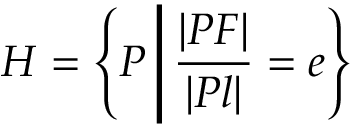
H = \left\{ P \, { \Biggr | } \, { \frac { | P F | } { | P l | } } = e \right\}